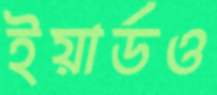
ইয়ার্ডও